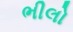
ભીલો